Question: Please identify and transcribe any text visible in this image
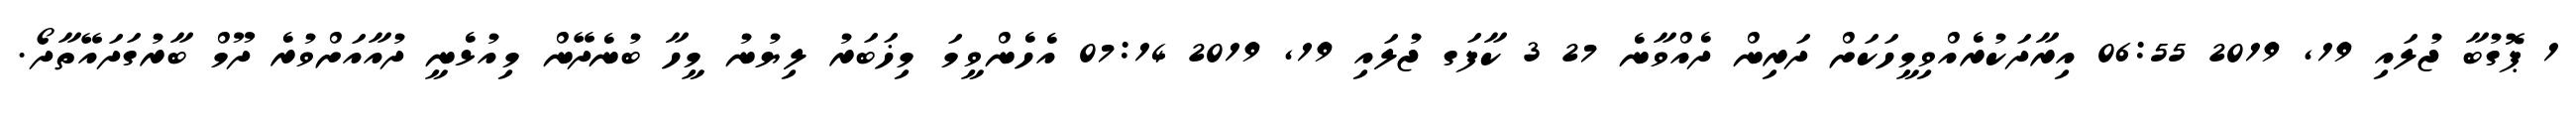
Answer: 1 ޕޮގުބާ ޖުލައި 19, 2019 06:55 އިރާދަކުރެއްވިމީހަކަށް ދަރިން ދެއްވާނެ 27 3 ކާފަގ ޖުލައި 19, 2019 07:14 އެހެންވީމަ މިޚަބަރު ލިޔުނު މީހާ ބުނެދޭން މިއުޅެނީ ދުއާއަށްވުރެ ދޫމް ބާރުގަދައޭތާދޯ.